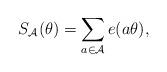
LaTeX: \begin{align*}S_{\mathcal{A}}(\theta)=\sum_{a\in\mathcal{A}}e(a\theta),\end{align*}